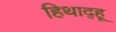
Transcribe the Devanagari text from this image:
हिथाद्हू